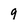
Character: 9